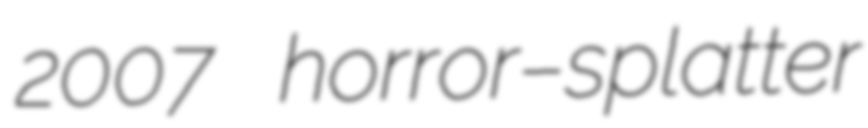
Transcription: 2007 horror–splatter